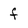
Character: f